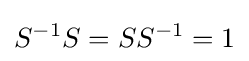
S^{-1}S=SS^{-1}=1